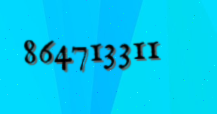
864713311